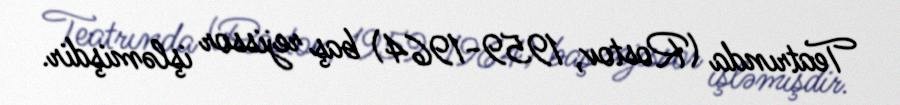
Teatrında (Rostov, 1959-1964) baş rejissor işləmişdir.